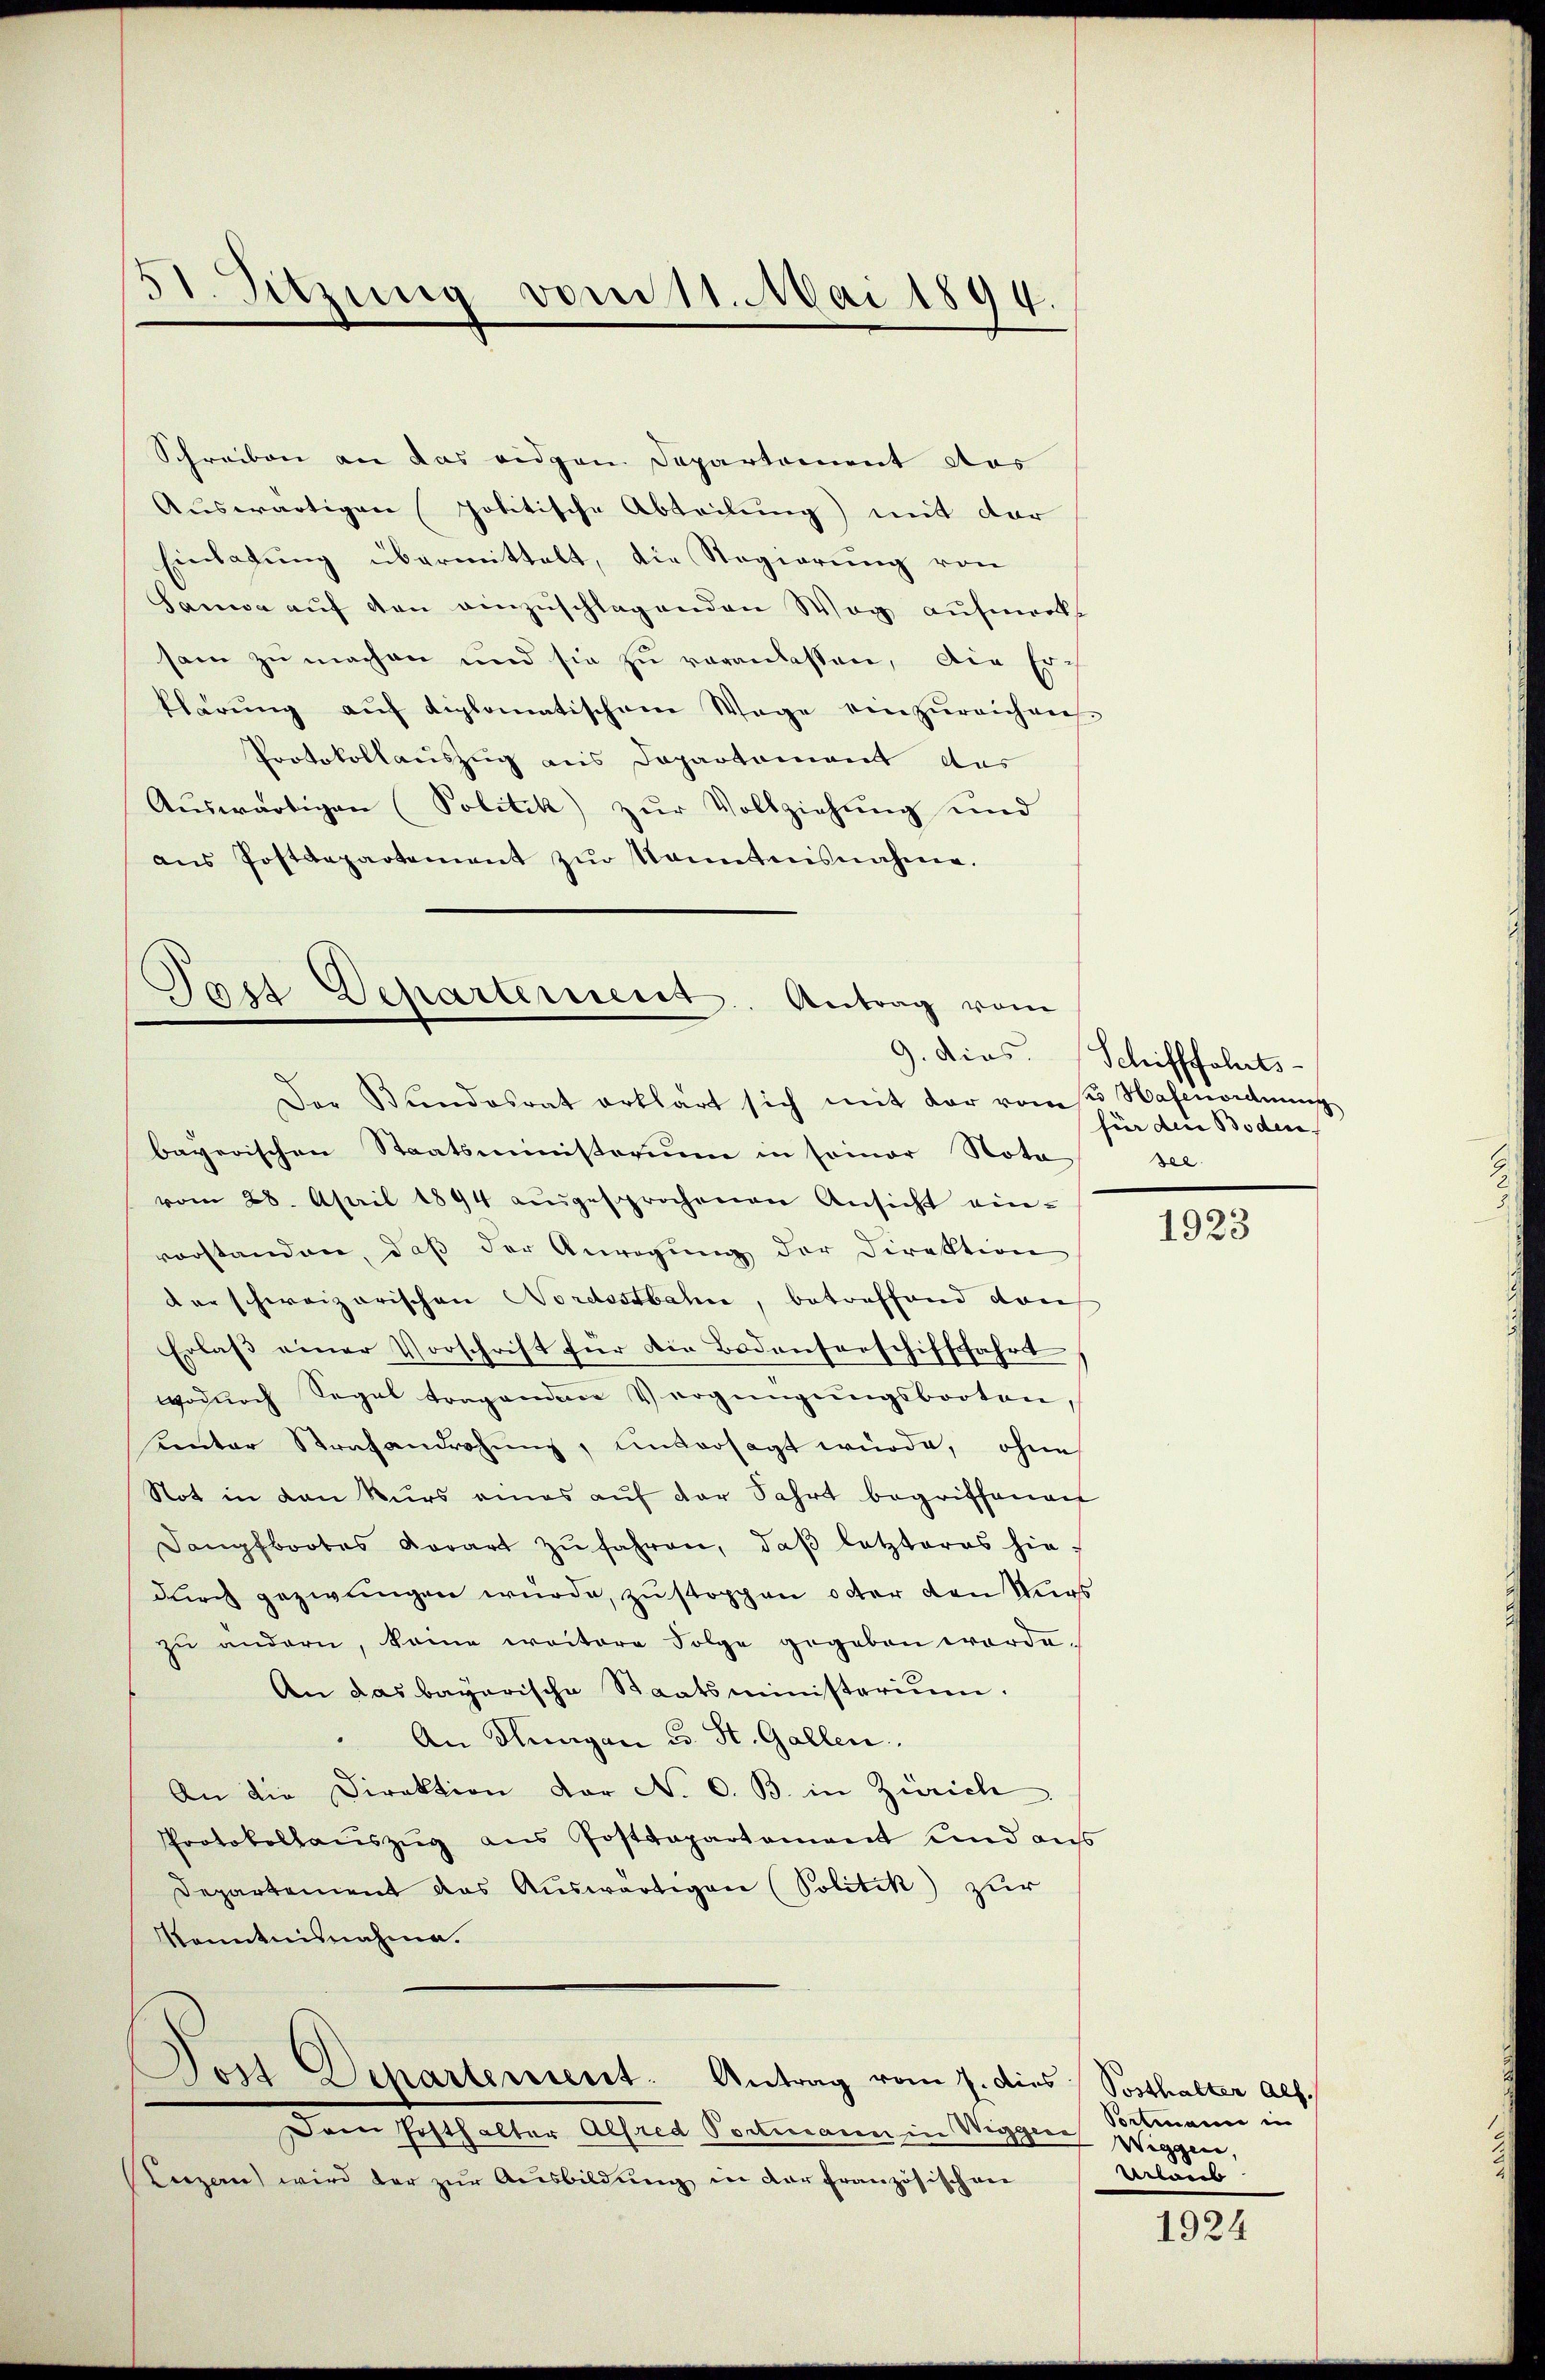
51. Sitzung vom 11. Mai 1899.

Schreiben an das eidgen Departement das
Auswärtigen politische Abteilung) mit der
Einladung übermittelt, die Regierung von
Sanwa auf den einzuschlagenden Weg aufmerkt
sam zu machen und sie zu veranlassen, die Erklärŭng aŭf diplomatischem Wege einzŭreichnen.
Protokollauszug aus Departement das
Aŭswärtigen (Politik) zŭr Vollziehung und
ans Postdepartement zŭr Kenntnisnahme.

Tast Departement. Antrag vom
9. dies
Der Bundesrat erklärt sich mit der vom 2. Hafenordnung

bayerischen Staatsministerium in seiner Nota see-
vom 28. April 1894 aŭsgesprochenen Ansicht einvorstanden, daß der Anregung der Direktion
der schweizerischen Nordostbahn, betreffend dan
Erlaß einer Vorschrift für die Bodenserschifffahrt
wodŭrch Segal tragenden Vergüngŭngsbooten,
Kentar Strafandrohung, unversagt würde, ohne
Not in den Kurs eines auf der Fahrt begriffenen
Dangfbootes derart zŭ fahren, daβ letzteres hie-
durch gezwungen wurde, zu stoppen oder den Wurs
zu andern, keine weitere Folge gegeben worde.
An das bayerische Staatsministerium.
An Hungen u. St. Gallen.
An die Direktion der No. 6. B. in Zürich
Protokollauszug aus Postdepartament und auss
Departement das Aŭswärtigen (Politik zur
Kenntnisnahme.
Jost Departement. Antrag vom 7. dies Posthalter als
Dem Posthalter Alfred Portmann in Wiggen Wiggen,
Lizen wird dar zur Ausbildung in der Französischen

Schifffahrts-
für den Boden

1923

Portmanne in
Urlaub

1924